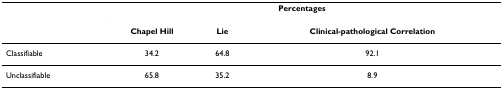
|  | <COLSPAN=3> Percentages |
 |  | Chapel Hill | Lie | Clinical-pathological Correlation |
 | --- | --- | --- | --- |
 | Classifiable | 34.2 | 64.8 | 92.1 |
 | Unclassifiable | 65.8 | 35.2 | 8.9 |